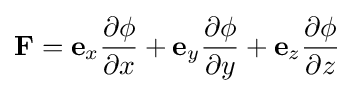
\mathbf {F} =\mathbf {e} _{x}{\frac {\partial \phi }{\partial x}}+\mathbf {e} _{y}{\frac {\partial \phi }{\partial y}}+\mathbf {e} _{z}{\frac {\partial \phi }{\partial z}}\,\!